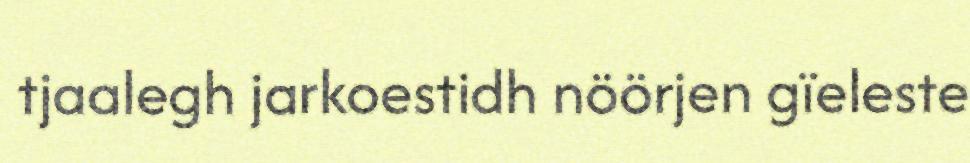
tjaalegh jarkoestidh nöörjen gïeleste